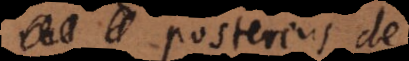
posterius de